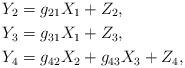
LaTeX: \begin{align*}Y_2 &= g_{21} X_1 + Z_2, \\Y_3 &= g_{31} X_1 + Z_3, \\Y_4 &= g_{42} X_2 + g_{43} X_3 + Z_4,\end{align*}